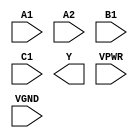
module sky130_fd_sc_hs__o211ai (
    //# {{data|Data Signals}}
    input  A1  ,
    input  A2  ,
    input  B1  ,
    input  C1  ,
    output Y   ,

    //# {{power|Power}}
    input  VPWR,
    input  VGND
);
endmodule